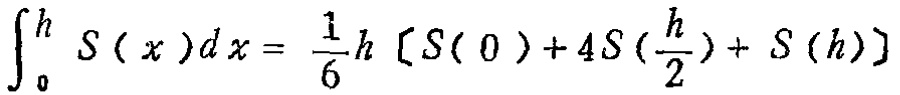
\(\int_{0}^{h} S(x)dx = \frac{1}{6}h\left[S(0)+4S\left(\frac{h}{2}\right)+S(h)\right]\)